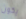
يكون